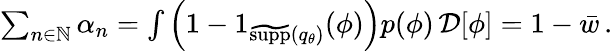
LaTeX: \begin{array}{r}{\sum_{n\in\mathbb{N}}\alpha_{n}=\int\left(1-1_{\widetilde{\textrm{supp}}({q}_{\theta})}(\phi)\right)p(\phi)\, \mathcal{D}[\phi]=1-{\bar{w}}\, .}\end{array}